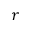
r